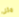
مثل